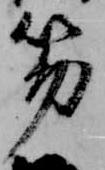
笏